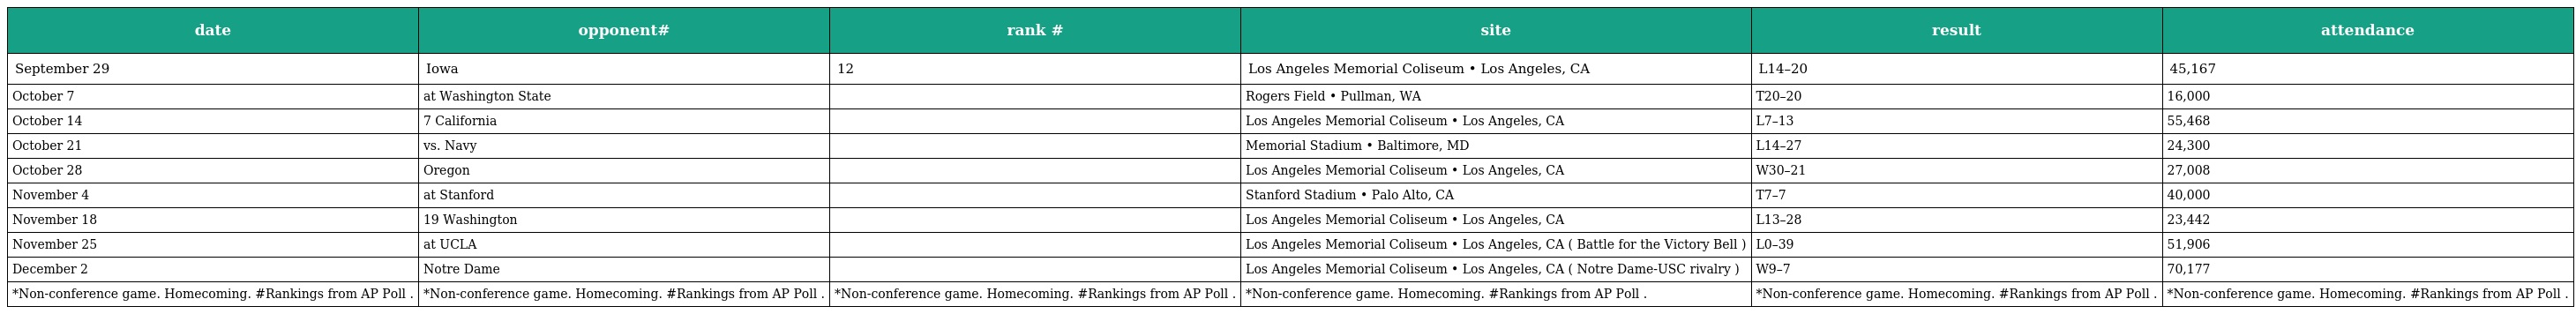
| date | opponent# | rank # | site | result | attendance |
 | --- | --- | --- | --- | --- | --- |
 | September 29 | Iowa | 12 | Los Angeles Memorial Coliseum • Los Angeles, CA | L14–20 | 45,167 |
 | October 7 | at Washington State |  | Rogers Field • Pullman, WA | T20–20 | 16,000 |
 | October 14 | 7 California |  | Los Angeles Memorial Coliseum • Los Angeles, CA | L7–13 | 55,468 |
 | October 21 | vs. Navy |  | Memorial Stadium • Baltimore, MD | L14–27 | 24,300 |
 | October 28 | Oregon |  | Los Angeles Memorial Coliseum • Los Angeles, CA | W30–21 | 27,008 |
 | November 4 | at Stanford |  | Stanford Stadium • Palo Alto, CA | T7–7 | 40,000 |
 | November 18 | 19 Washington |  | Los Angeles Memorial Coliseum • Los Angeles, CA | L13–28 | 23,442 |
 | November 25 | at UCLA |  | Los Angeles Memorial Coliseum • Los Angeles, CA ( Battle for the Victory Bell ) | L0–39 | 51,906 |
 | December 2 | Notre Dame |  | Los Angeles Memorial Coliseum • Los Angeles, CA ( Notre Dame-USC rivalry ) | W9–7 | 70,177 |
 | *Non-conference game. Homecoming. #Rankings from AP Poll . | *Non-conference game. Homecoming. #Rankings from AP Poll . | *Non-conference game. Homecoming. #Rankings from AP Poll . | *Non-conference game. Homecoming. #Rankings from AP Poll . | *Non-conference game. Homecoming. #Rankings from AP Poll . | *Non-conference game. Homecoming. #Rankings from AP Poll . |